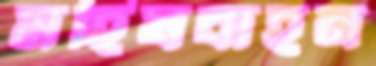
মহিষবাহন